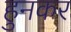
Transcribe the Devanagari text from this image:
हुनकर